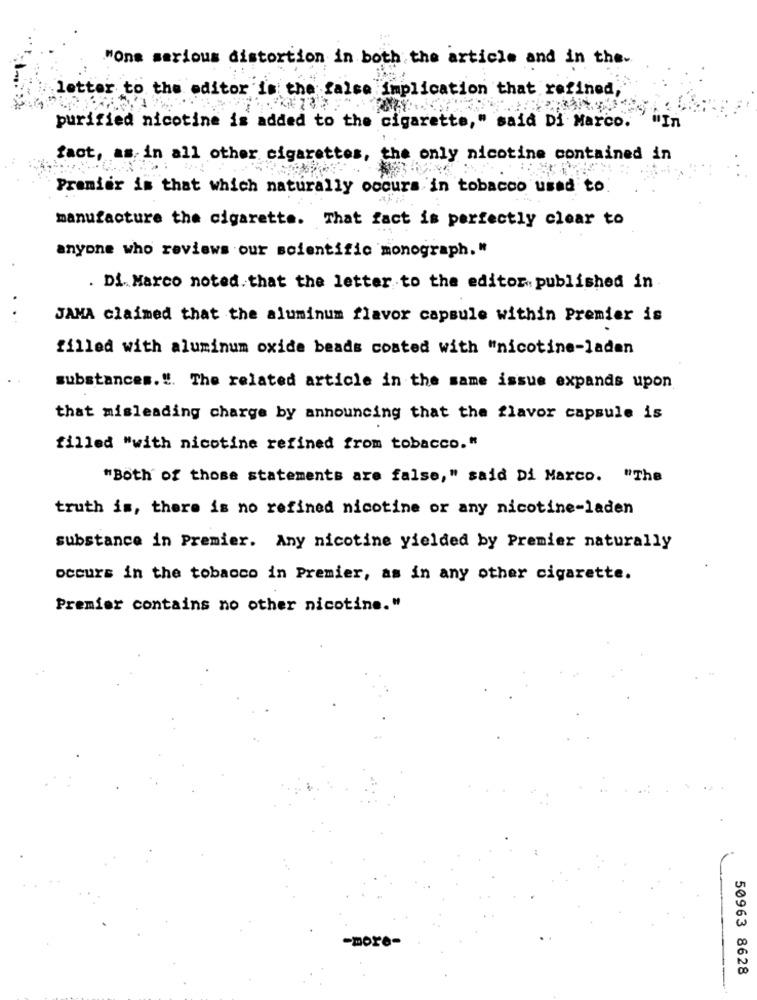
"One serious distortion in both the article and in the-
letter to the editor is the false implication that refined,
purified nicotine is added to the cigarette," said Di Marco.
"In
fact, as in all other cigarettes, the only nicotine contained in
Premier is that which naturally occurs in tobacco used to
manufacture the cigarette. That fact is perfectly clear to
anyone who reviews our scientific monograph. "
. Di Marco noted. that the letter to the editor. published in
JAMA claimed that the aluminum flavor capsule within Premier is
filled with aluminum oxide beads coated with "nicotine-laden
substances. ". The related article in the same issue expands upon
that misleading charge by announcing that the flavor capsule is
filled "with nicotine refined from tobacco."
"Both of those statements are false," said Di Marco. "The
truth is, there is no refined nicotine or any nicotine-laden
substance in Premier. Any nicotine yielded by Premier naturally
occurs in the tobacco in Premier, as in any other cigarette.
Premier contains no other nicotine."
-more-
50963 8628